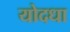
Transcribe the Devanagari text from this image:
योदधा